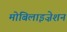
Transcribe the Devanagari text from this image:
मोबिलाइज़ेशन